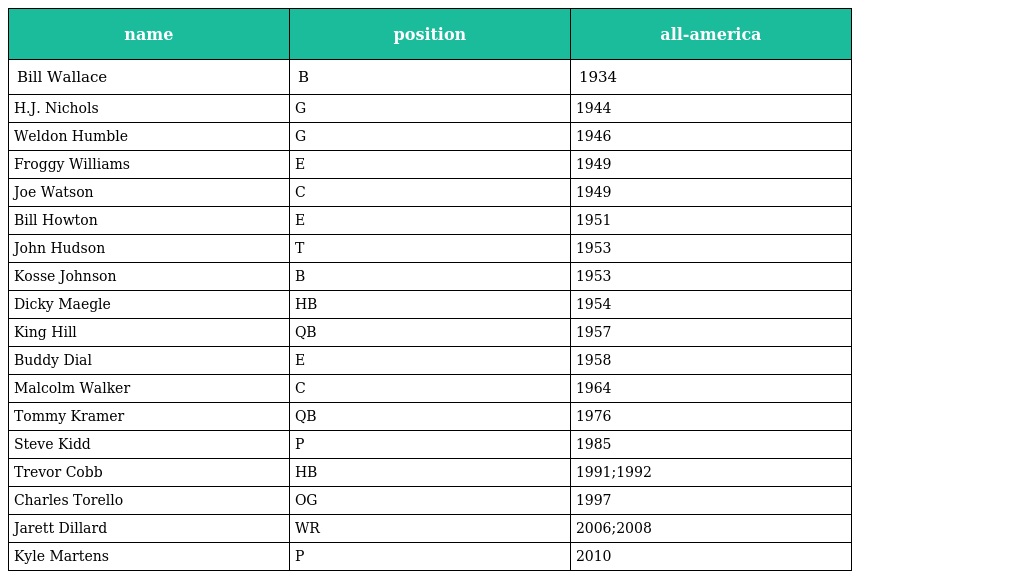
| name | position | all-america |
 | --- | --- | --- |
 | Bill Wallace | B | 1934 |
 | H.J. Nichols | G | 1944 |
 | Weldon Humble | G | 1946 |
 | Froggy Williams | E | 1949 |
 | Joe Watson | C | 1949 |
 | Bill Howton | E | 1951 |
 | John Hudson | T | 1953 |
 | Kosse Johnson | B | 1953 |
 | Dicky Maegle | HB | 1954 |
 | King Hill | QB | 1957 |
 | Buddy Dial | E | 1958 |
 | Malcolm Walker | C | 1964 |
 | Tommy Kramer | QB | 1976 |
 | Steve Kidd | P | 1985 |
 | Trevor Cobb | HB | 1991;1992 |
 | Charles Torello | OG | 1997 |
 | Jarett Dillard | WR | 2006;2008 |
 | Kyle Martens | P | 2010 |